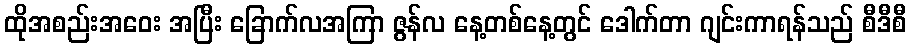
ထိုအစည်းအဝေး အပြီး ခြောက်လအကြာ ဇွန်လ နေ့တစ်နေ့တွင် ဒေါက်တာ ဂျင်းကာရန်သည် စီဒီစီ